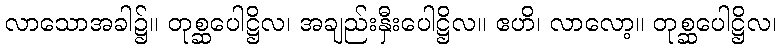
လာသောအခါ၌။ တုစ္ဆပေါဋ္ဌိလ၊ အချည်းနှီးပေါဋ္ဌိလ။ ဧဟိ၊ လာလော့။ တုစ္ဆပေါဋ္ဌိလ၊